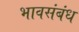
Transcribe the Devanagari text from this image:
भावसंबंध